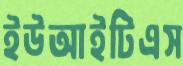
ইউআইটিএস